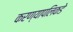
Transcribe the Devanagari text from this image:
करण्यापलिकडे